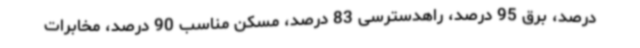
درصد، برق 95 درصد، راهدسترسی 83 درصد، مسکن مناسب 90 درصد، مخابرات